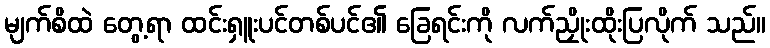
မျက်စိထဲ တွေ့ရာ ထင်းရှူးပင်တစ်ပင်၏ ခြေရင်းကို လက်ညှိုးထိုးပြလိုက် သည်။